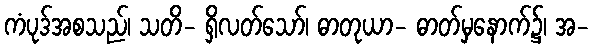
ကံပုဒ်အစသည်၊ သတိ- ရှိလတ်သော်၊ ဓာတုယာ- ဓာတ်မှနောက်၌၊ အ-